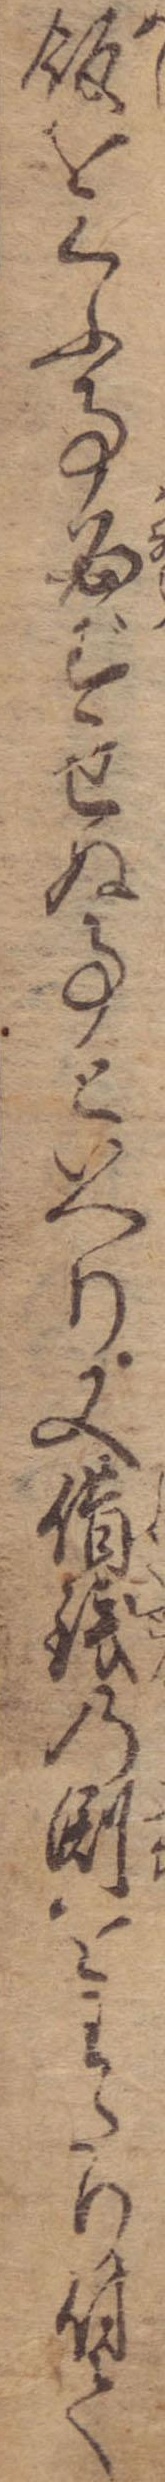
飯をくふ事必ずせぬ事といへり又借銭の淵をわたり付て